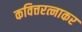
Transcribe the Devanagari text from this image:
कवित्तरत्नाकर